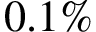
0 . 1 \%